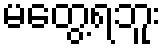
မတွေ့ရဘူး